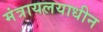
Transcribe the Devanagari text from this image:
मंत्रायलयाधीन